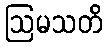
ဩမသတိ